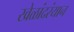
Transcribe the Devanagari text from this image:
खेळांदरंयान